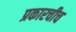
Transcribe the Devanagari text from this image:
प्रकारचीच